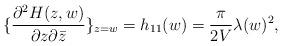
LaTeX: \begin{align*}\{\frac{\partial^2 H(z,w)}{\partial z \partial\bar{z}}\}_{z=w} = h_{11}(w)=\frac{\pi}{2 V}\lambda(w)^2,\end{align*}